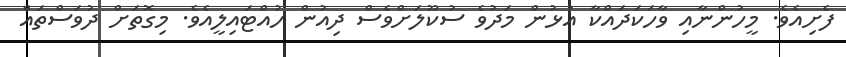
ފެށިއެވެ. މީހުންނާއި ވާހަކަދައްކާ އުޅުން މަދުވެ ސުކޫލަށްވެސް ދިއުން ހުއްޓައިލީއެވެ. މިގޮތަށް ދުވަސްތައް